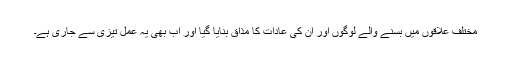
مختلف علاقوں میں بسنے والے لوگوں اور ان کی عادات کا مذاق بنایا گیا اور اب بھی یہ عمل تیزی سے جاری ہے۔